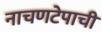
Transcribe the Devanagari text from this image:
नाचणटेपाची